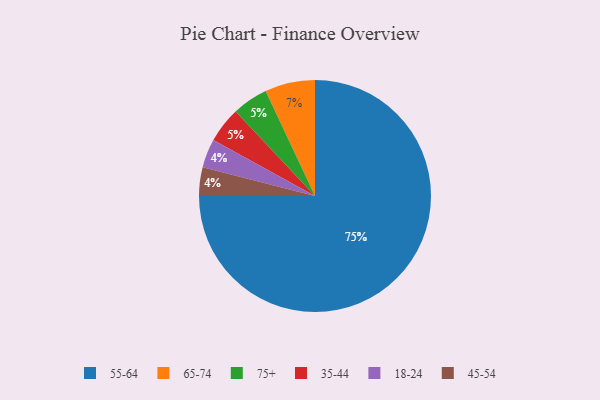
{"axis": {"x": "Category", "y": "Percentage"}, "legend": ["18-24", "35-44", "45-54", "55-64", "65-74", "75+"], "data": [{"x": "18-24", "y": 4, "type": "18-24"}, {"x": "75+", "y": 5, "type": "75+"}, {"x": "55-64", "y": 75, "type": "55-64"}, {"x": "65-74", "y": 7, "type": "65-74"}, {"x": "35-44", "y": 5, "type": "35-44"}, {"x": "45-54", "y": 4, "type": "45-54"}]}